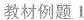
教材例题Ⅰ